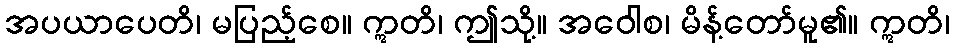
အပယာပေတိ၊ မပြည့်စေ။ ဣတိ၊ ဤသို့။ အဝေါစ၊ မိန့်တော်မူ၏။ ဣတိ၊